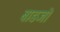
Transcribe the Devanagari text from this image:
बाडजो